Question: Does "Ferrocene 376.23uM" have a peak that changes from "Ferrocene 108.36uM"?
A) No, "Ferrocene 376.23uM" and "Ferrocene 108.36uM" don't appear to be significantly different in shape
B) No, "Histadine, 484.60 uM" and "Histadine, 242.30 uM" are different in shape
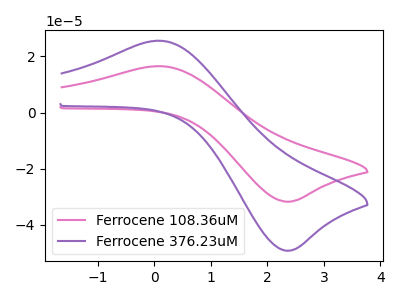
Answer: <think>The pink curve "Ferrocene 108.36uM" has an anodic peak at (0.10V, 16.50uA) and a cathodic peak at (2.40V, -31.75uA). The purple curve "Ferrocene 376.23uM" has an anodic peak at (0.10V, 25.55uA) and a cathodic peak at (2.40V, -49.20uA).
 All the peaks in "Ferrocene 376.23uM" have a peak in "Ferrocene 108.36uM" at the same potential. Every peak in "Ferrocene 376.23uM" is higher than every peak in "Ferrocene 108.36uM".</think>
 <answer>A) No, "Ferrocene 376.23uM" and "Ferrocene 108.36uM" don't appear to be significantly different in shape</answer>
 <eval>A</eval>